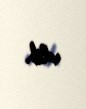
edib.